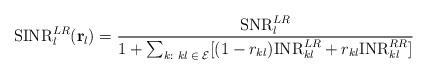
LaTeX: \begin{align*}\mathrm{SINR}_{l}^{LR}(\mathbf{r}_{l})=\frac{\mathrm{SNR}_{l}^{LR}}{1+\sum_{k:\textrm{ \ensuremath{kl\in\mathcal{E}}}}[(1-r_{kl})\mathrm{INR}_{kl}^{LR}+r_{kl}\mathrm{INR}_{kl}^{RR}]}\end{align*}